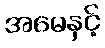
အမေနှင့်